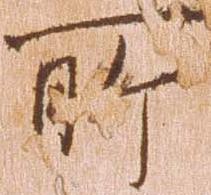
所